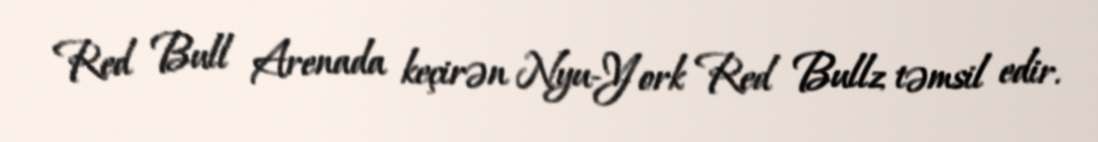
Red Bull Arenada keçirən Nyu-York Red Bullz təmsil edir.